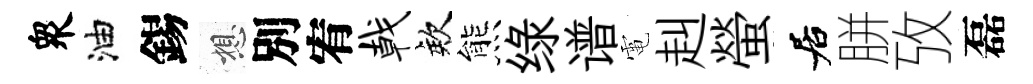
衆油錫想別宥戟欸熊绿谱電赳螢居胼攷磊